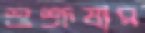
শুশ্রূষার